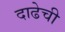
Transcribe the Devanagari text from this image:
दाढेची